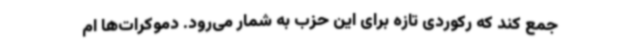
جمع کند که رکوردی تازه برای این حزب به شمار می‌رود. دموکرات‌ها ام